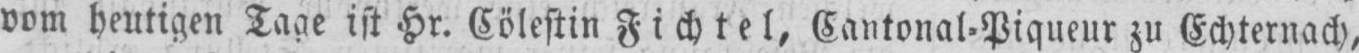
vom heutigen Tage ist Hr. Cölestin Fichtel, Cantonal-Piqueur zu Echternach,